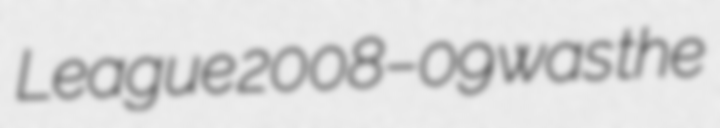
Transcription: League 2008–09 was the